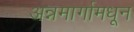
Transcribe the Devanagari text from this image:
अन्नमार्गामधून